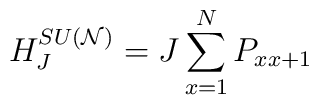
H_{J}^{SU({\cal N})}=J\sum_{x=1}^{N}P_{x x+1}